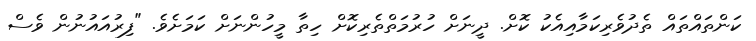
ކަންތައްތައް ތެދުވެރިކަމާއިއެކު ކޮށް. ދީނަށް ހުރުމަތްތެރިކޮށް ހިތާ މީހުންނަށް ކަމަށެވެ. "ފިރުއައުނުން ވެސް